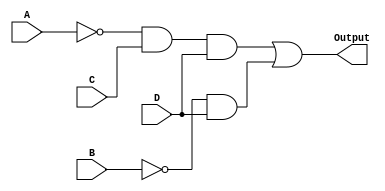
module KMapLogic (
    input wire A,  // Input variable A
    input wire B,  // Input variable B
    input wire C,  // Input variable C
    input wire D,  // Input variable D
    output wire Output // Output of the combinational logic block
);

// Internal signals for the product terms
wire A_not; // A'
wire B_not; // B'
wire term1; // A'CD
wire term2; // B'D'

// Invert the inputs
not U1 (A_not, A); // A' = NOT A
not U2 (B_not, B); // B' = NOT B

// Implement the product terms
and U3 (term1, A_not, C, D); // term1 = A'CD
and U4 (term2, B_not, D); // term2 = B'D'

// Combine the product terms using OR gate
or U5 (Output, term1, term2); // Output = A'CD + B'D'

endmodule